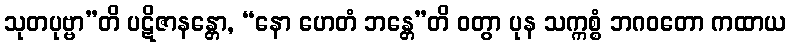
သုတပုဗ္ဗာ”တိ ပဋိဇာနန္တော, “နော ဟေတံ ဘန္တေ”တိ ဝတွာ ပုန သက္ကစ္စံ ဘဂဝတော ကထာယ